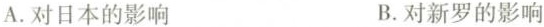
A.对日本的影响 B.对新罗的影响